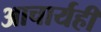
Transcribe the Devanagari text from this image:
आचार्यही